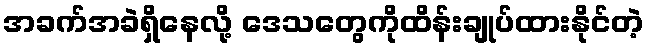
အခက်အခဲရှိနေလို့ ဒေသတွေကိုထိန်းချုပ်ထားနိုင်တဲ့